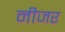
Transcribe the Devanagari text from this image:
नीजर